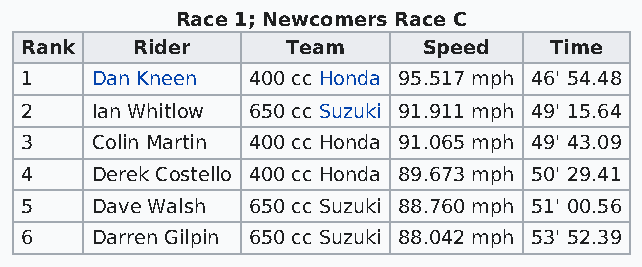
Race 1; Newcomers Race C
 Rank    Rider     Team     Speed   Time
 1    Dan Kneen 400 cc Honda 95.517 mph 46' 54.48
 2    Ian Whitlow 650 cc Suzuki 91.911 mph 49' 15.64
 3    Colin Martin 400 cc Honda 91.065 mph 49' 43.09
 4    Derek Costello 400 cc Honda 89.673 mph 50' 29.41
 5    Dave Walsh 650 cc Suzuki 88.760 mph 51' 00.56
 6    Darren Gilpin 650 cc Suzuki 88.042 mph 53' 52.39